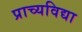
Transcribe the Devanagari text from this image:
प्राच्‍यविद्या